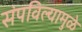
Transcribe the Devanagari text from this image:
संपविल्यामुळे